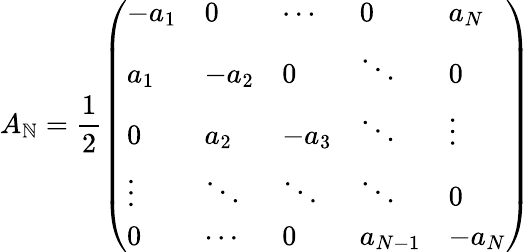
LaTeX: A_{\mathbb{N}}=\frac{{1}}{{2}}\left(\begin{array}{lllll}{-a_{1}}&{0}&{\cdots}&{0}&{a_{N}}\\ {a_{1}}&{-a_{2}}&{0}&{\ddots}&{0}\\ {0}&{a_{2}}&{-a_{3}}&{\ddots}&{\vdots}\\ {\vdots}&{\ddots}&{\ddots}&{\ddots}&{0}\\ {0}&{\cdots}&{0}&{a_{N-1}}&{-a_{N}}\end{array}\right)